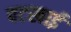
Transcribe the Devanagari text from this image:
पटखाई